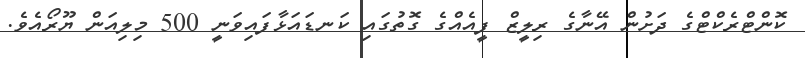
ކޮންޓްރެކްޓްގެ ދަށުން އޭނާގެ ރިލީޒް ފީއެއްގެ ގޮތުގައި ކަނޑައަޅާފައިވަނީ 500 މިލިއަން ޔޫރޯއެވެ.